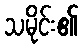
သမိုင်း၏